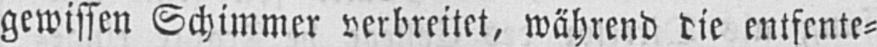
gewissen Schimmer verbreitet, während die entfente⸗